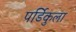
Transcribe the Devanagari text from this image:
पर्डिकुला